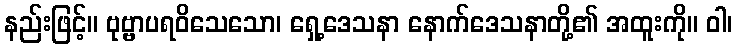
နည်းဖြင့်။ ဗုဗ္ဗာပရဝိသေသော၊ ရှေ့ဒေသနာ နောက်ဒေသနာတို့၏ အထူးကို။ ဝါ၊